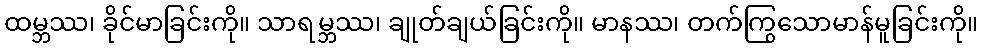
ထမ္ဘဿ၊ ခိုင်မာခြင်းကို။ သာရမ္ဘဿ၊ ချုတ်ချယ်ခြင်းကို။ မာနဿ၊ တက်ကြွသောမာန်မူခြင်းကို။